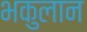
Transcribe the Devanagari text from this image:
भकुलान